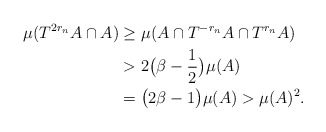
\begin{align*}\mu (T^{2r_n}A\cap A) &\geq \mu (A\cap T^{-r_n}A \cap T^{r_n}A) \\ &> 2\big( \beta - \frac{1}{2}\big) \mu(A) \\ &= \big( 2\beta - 1\big) \mu (A) > \mu (A)^2 . \end{align*}